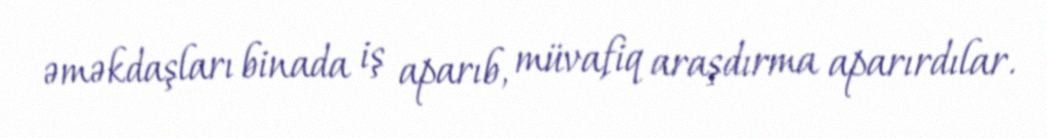
əməkdaşları binada iş aparıb, müvafiq araşdırma aparırdılar.